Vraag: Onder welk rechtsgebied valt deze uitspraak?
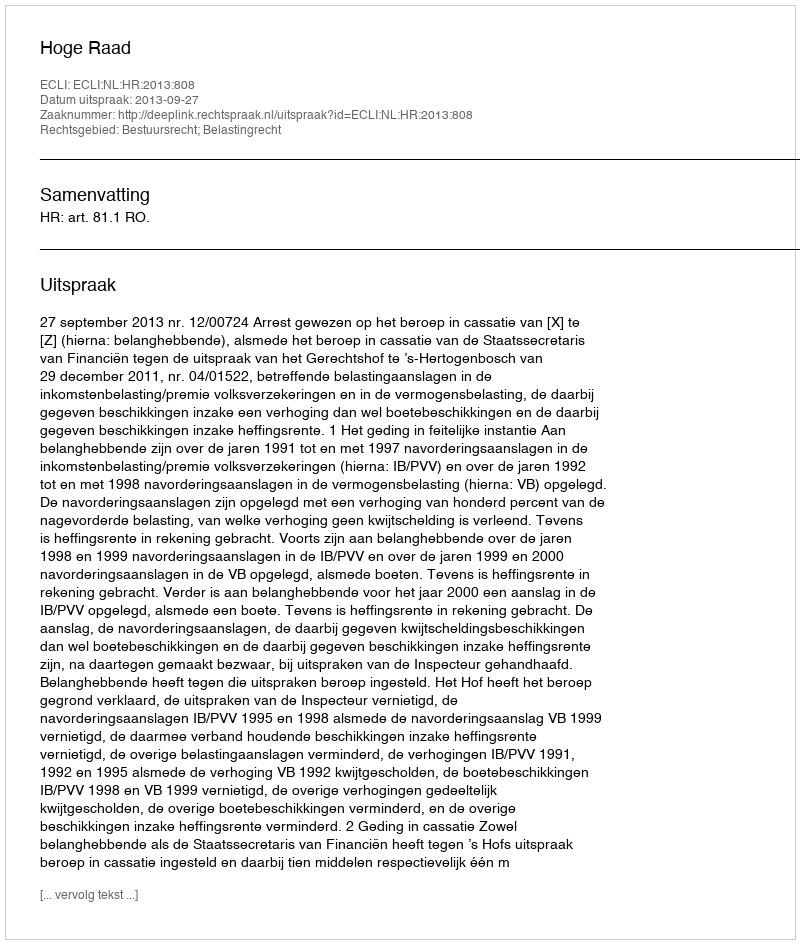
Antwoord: Bestuursrecht; Belastingrecht